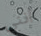
أنني